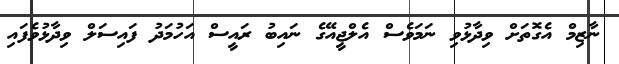
ނާޒިމް އެގޮތަށް ވިދާޅުވި ނަމަވެސް އެލްޖީއޭގެ ނައިބު ރައީސް އަހުމަދު ފައިސަލް ވިދާޅުވެފައި